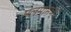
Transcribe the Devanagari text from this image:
मलमांमध्ये